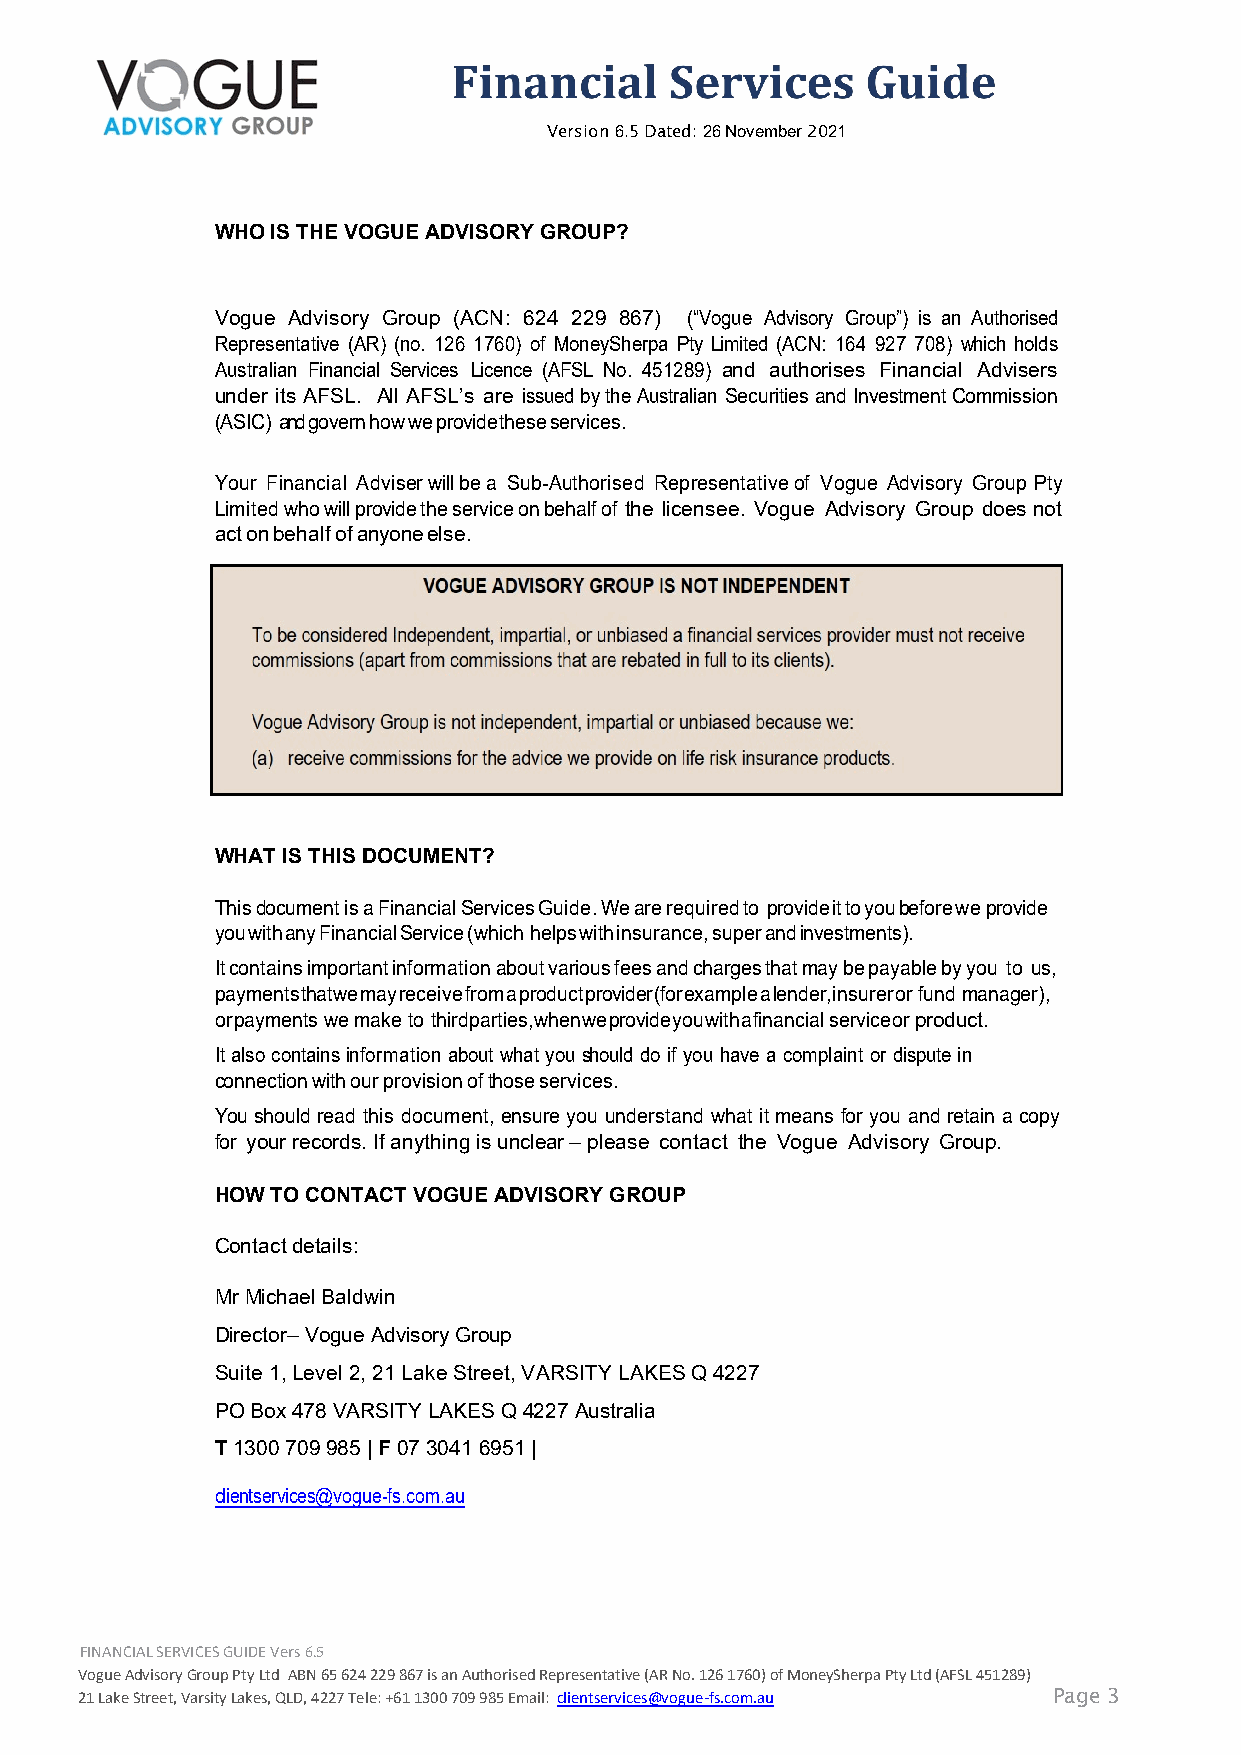
Version 6.5 Dated: 26 November 2021
 WHO IS THE VOGUE ADVISORY GROUP?
 Vogue Advisory Group (ACN: 624 229 867) (“Vogue Advisory Group”) is an Authorised
 Representative (AR) (no. 126 1760) of MoneySherpa Pty Limited (ACN: 164 927 708) which holds
 Australian Financial Services Licence (AFSL No. 451289) and authorises Financial Advisers
 under its AFSL. All AFSL’s are issued by the Australian Securities and Investment Commission
 (ASIC) and govern how we provide these services.
 Your Financial Adviser will be a Sub-Authorised Representative of Vogue Advisory Group Pty
 Limited who will provide the service on behalf of the licensee. Vogue Advisory Group does not
 act on behalf of anyone else.
 WHAT IS THIS DOCUMENT?
 This document is a Financial Services Guide. We are required to provide it to you before we provide
 you with any Financial Service (which helps with insurance, super and investments).
 It contains important information about various fees and charges that may be payable by you to us,
 payments that we may receive from a product provider (for example a lender, insurer or fund manager),
 or payments we make to third parties, when we provide you with a financial service or product.
 It also contains information about what you should do if you have a complaint or dispute in
 connection with our provision of those services.
 You should read this document, ensure you understand what it means for you and retain a copy
 for your records. If anything is unclear – please contact the Vogue Advisory Group.
 HOW TO CONTACT VOGUE ADVISORY GROUP
 Contact details:
 Mr Michael Baldwin
 Director– Vogue Advisory Group
 Suite 1, Level 2, 21 Lake Street, VARSITY LAKES Q 4227
 PO Box 478 VARSITY LAKES Q 4227 Australia
 T 1300 709 985 | F 07 3041 6951 |
 clientservices@vogue-fs.com.au
 FINANCIAL SERVICES GUIDE Vers 6.5
 Vogue Advisory Group Pty Ltd ABN 65 624 229 867 is an Authorised Representative (AR No. 126 1760) of MoneySherpa Pty Ltd (AFSL 451289)
 21 Lake Street, Varsity Lakes, QLD, 4227 Tele: +61 1300 709 985 Email: clientservices@vogue-fs.com.au Page 3